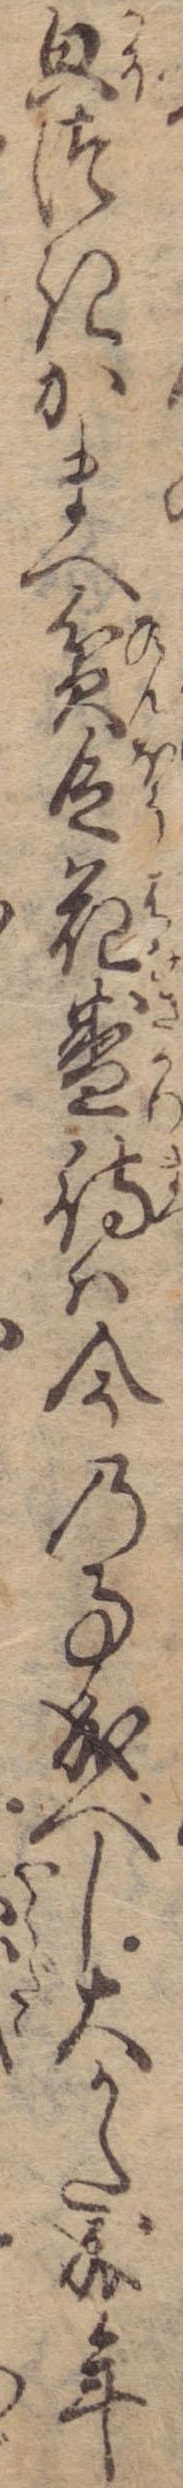
貌つきかまへ貧乏花盛待は今の事成べし大かた成年